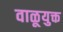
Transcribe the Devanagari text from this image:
वाळूयुक्त